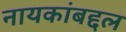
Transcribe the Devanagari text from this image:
नायकांबद्दल